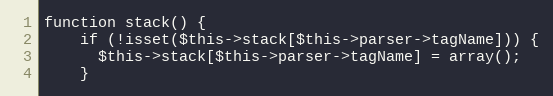
Language: PHP
function stack() {
    if (!isset($this->stack[$this->parser->tagName])) {
      $this->stack[$this->parser->tagName] = array();
    }